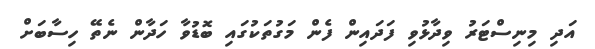
އަދި މިނިސްޓަރު ވިދާޅުވި ފަދައިން ފެން މަގުތަކުގައި ބޮޑުވާ ހަދާން ނެތޭ ހިސާބަށް